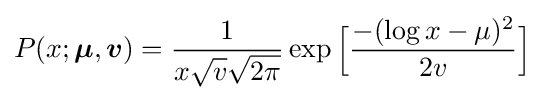
P(x;{\boldsymbol {\mu }},{\boldsymbol {v}})={\frac {1}{x{\sqrt {v}}{\sqrt {2\pi }}}}\exp {\Big [}{\frac {-(\log x-\mu )^{2}}{2v}}{\Big ]}